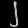
Digit: ၂